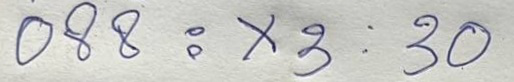
088 = x 3 : 30